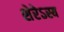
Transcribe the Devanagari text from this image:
शेरेऽस्य